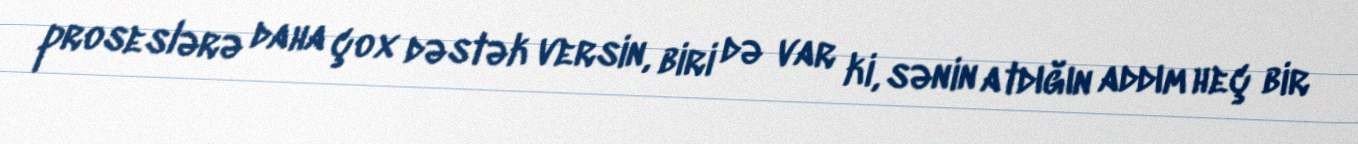
proseslərə daha çox dəstək versin, biri də var ki, sənin atdığın addım heç bir